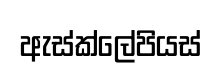
ඇස්ක්ලේපියස්